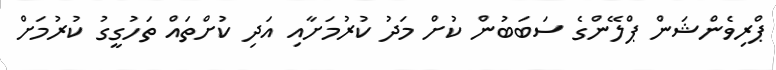
ޕްރިވެންޝަން ޕްލޭންގެ ސަބަބުން ކުށް މަދު ކުރުމަށާއި އަދި ކުށްތައް ތަހުގީގު ކުރުމަށް